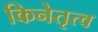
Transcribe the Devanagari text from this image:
किनेतृत्व